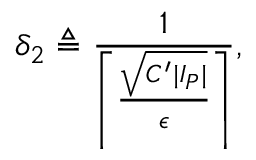
\delta _ { 2 } \triangleq \frac { 1 } { \left\lceil \frac { \sqrt { C ^ { \prime } | I _ { P } | } } { \epsilon } \right\rceil } ,